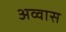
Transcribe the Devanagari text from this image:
अव्वास